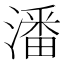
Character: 潘